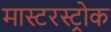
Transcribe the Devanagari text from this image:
मास्टरस्ट्रोक